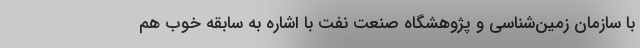
با سازمان زمین‌شناسی و پژوهشگاه صنعت نفت با اشاره به سابقه خوب هم